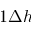
1 \Delta { h }